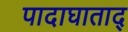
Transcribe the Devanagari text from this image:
पादाघाताद्